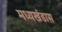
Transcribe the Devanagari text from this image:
मध्यखंडास